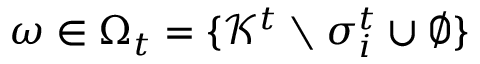
\omega \in \Omega _ { t } = \{ \mathcal { K } ^ { t } \setminus \sigma _ { i } ^ { t } \cup \emptyset \}